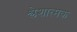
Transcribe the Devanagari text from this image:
श्लेशात्मक